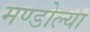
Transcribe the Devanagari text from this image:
मण्डोल्या